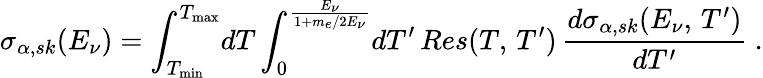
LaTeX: \sigma_{\alpha,sk}(E_{\nu})=\int_{T_{\mathrm{min}}}^{T_{\mathrm{max}}}\! dT\int_{0}^{\frac{E_{\nu}}{1+m_{e}/2E_{\nu}}}\! dT^{\prime}\, Res(T,\, T^{\prime})\, \frac{d\sigma_{\alpha,sk}(E_{\nu},\, T^{\prime})}{dT^{\prime}}\ .